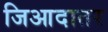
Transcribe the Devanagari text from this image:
जिआदातर